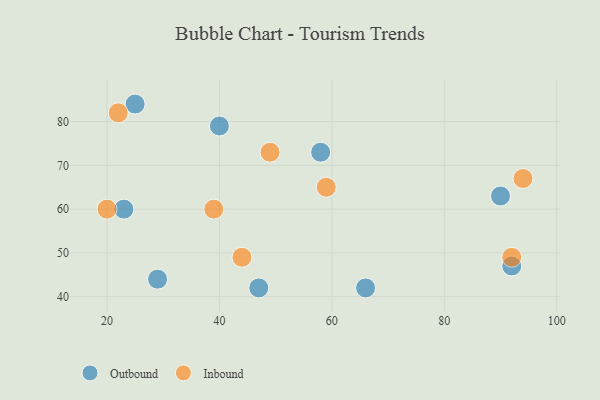
{"axis": {"x": "GDP", "y": "Life Expectancy"}, "legend": ["Inbound", "Outbound"], "data": [{"x": "66", "y": 42, "type": "Outbound"}, {"x": "40", "y": 79, "type": "Outbound"}, {"x": "92", "y": 47, "type": "Outbound"}, {"x": "58", "y": 73, "type": "Outbound"}, {"x": "29", "y": 44, "type": "Outbound"}, {"x": "25", "y": 84, "type": "Outbound"}, {"x": "23", "y": 60, "type": "Outbound"}, {"x": "47", "y": 42, "type": "Outbound"}, {"x": "90", "y": 63, "type": "Outbound"}, {"x": "49", "y": 73, "type": "Inbound"}, {"x": "92", "y": 49, "type": "Inbound"}, {"x": "94", "y": 67, "type": "Inbound"}, {"x": "20", "y": 60, "type": "Inbound"}, {"x": "59", "y": 65, "type": "Inbound"}, {"x": "44", "y": 49, "type": "Inbound"}, {"x": "39", "y": 60, "type": "Inbound"}, {"x": "22", "y": 82, "type": "Inbound"}]}